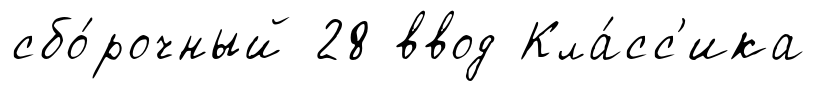
сбо́рочный 28 ввод Кла́сс'ика